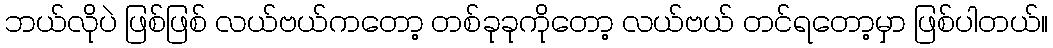
ဘယ်လိုပဲ ဖြစ်ဖြစ် လယ်ဗယ်ကတော့ တစ်ခုခုကိုတော့ လယ်ဗယ် တင်ရတော့မှာ ဖြစ်ပါတယ်။